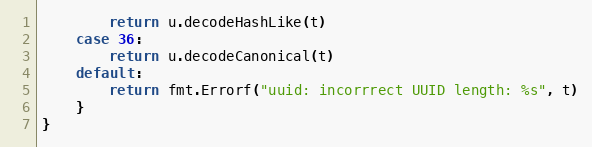
Language: Go
		return u.decodeHashLike(t)
	case 36:
		return u.decodeCanonical(t)
	default:
		return fmt.Errorf("uuid: incorrrect UUID length: %s", t)
	}
}